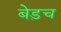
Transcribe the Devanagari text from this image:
बेड़च